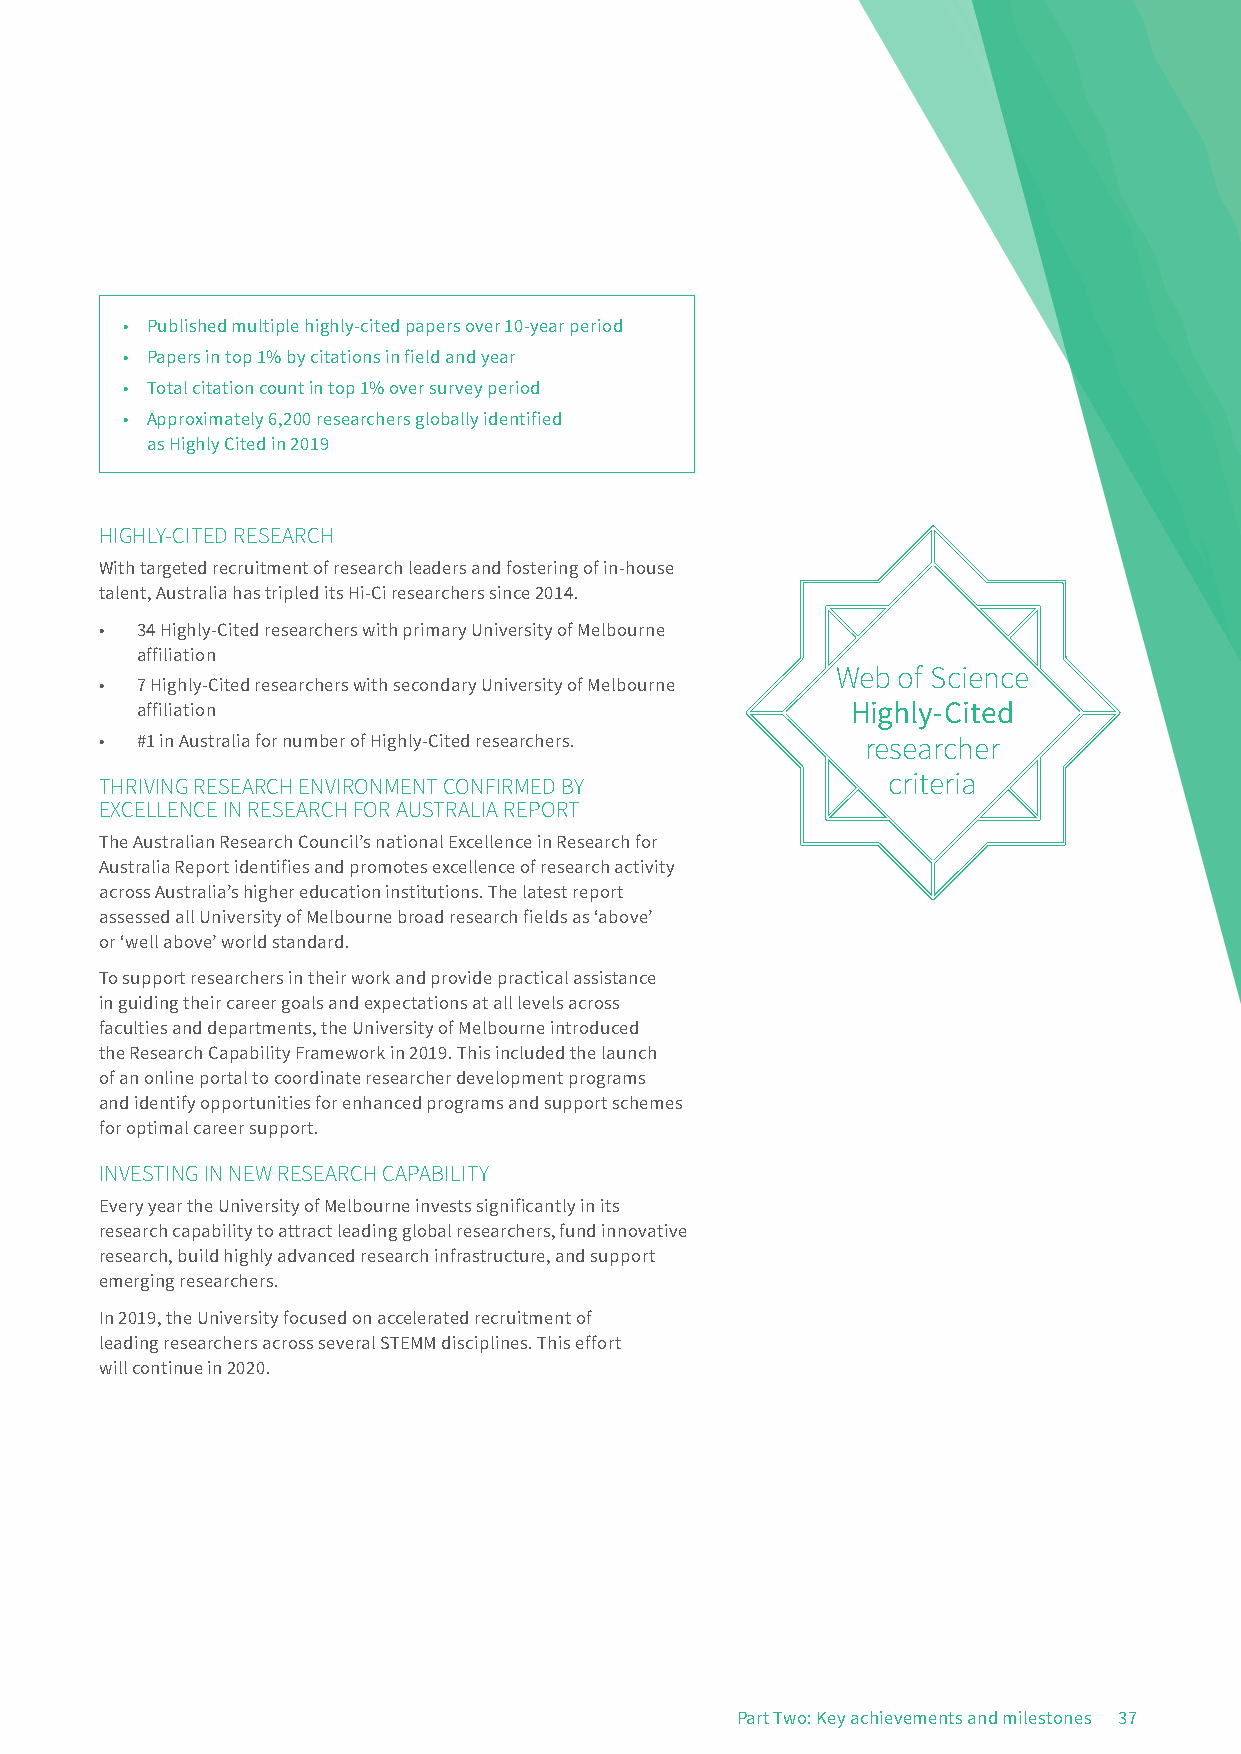
• Published multiple highly-cited papers over 10-year period
 • Papers in top 1% by citations in field and year
 • Total citation count in top 1% over survey period
 • Approximately 6,200 researchers globally identified
 as Highly Cited in 2019
 HIGHLY-CITED RESEARCH
 With targeted recruitment of research leaders and fostering of in-house
 talent, Australia has tripled its Hi-Ci researchers since 2014.
 • 34 Highly-Cited researchers with primary University of Melbourne
 affiliation
 Web of Science
 • 7 Highly-Cited researchers with secondary University of Melbourne
 affiliation                                    Highly-Cited
 • #1 in Australia for number of Highly-Cited researchers. researcher
 THRIVING RESEARCH ENVIRONMENT CONFIRMED BY          criteria
 EXCELLENCE IN RESEARCH FOR AUSTRALIA REPORT
 The Australian Research Council’s national Excellence in Research for
 Australia Report identifies and promotes excellence of research activity
 across Australia’s higher education institutions. The latest report
 assessed all University of Melbourne broad research fields as ‘above’
 or ‘well above’ world standard.
 To support researchers in their work and provide practical assistance
 in guiding their career goals and expectations at all levels across
 faculties and departments, the University of Melbourne introduced
 the Research Capability Framework in 2019. This included the launch
 of an online portal to coordinate researcher development programs
 and identify opportunities for enhanced programs and support schemes
 for optimal career support.
 INVESTING IN NEW RESEARCH CAPABILITY
 Every year the University of Melbourne invests significantly in its
 research capability to attract leading global researchers, fund innovative
 research, build highly advanced research infrastructure, and support
 emerging researchers.
 In 2019, the University focused on accelerated recruitment of
 leading researchers across several STEMM disciplines. This effort
 will continue in 2020.
 Part Two: Key achievements and milestones 37